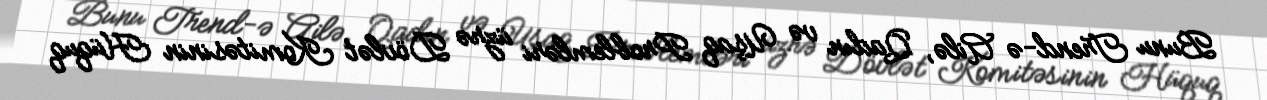
Bunu Trend-ə Ailə, Qadın və Uşaq Problemləri üzrə Dövlət Komitəsinin Hüquq